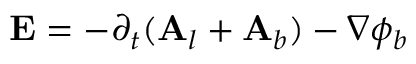
\mathbf { E } = - \partial _ { t } ( \mathbf { A } _ { l } + \mathbf { A } _ { b } ) - \nabla \phi _ { b }